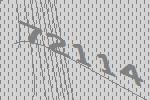
72114